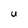
Character: U